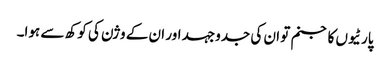
پارٹیوں کا جنم تو ان کی جدوجہد اور ان کے وژن کی کوکھ سے ہوا۔